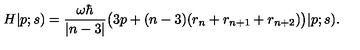
H | p ; s ) = { \frac { \omega \hbar } { | n - 3 | } } \big ( 3 p + ( n - 3 ) ( r _ { n } + r _ { n + 1 } + r _ { n + 2 } ) \big ) | p ; s ) .